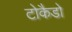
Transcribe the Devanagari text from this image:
टोकैडो